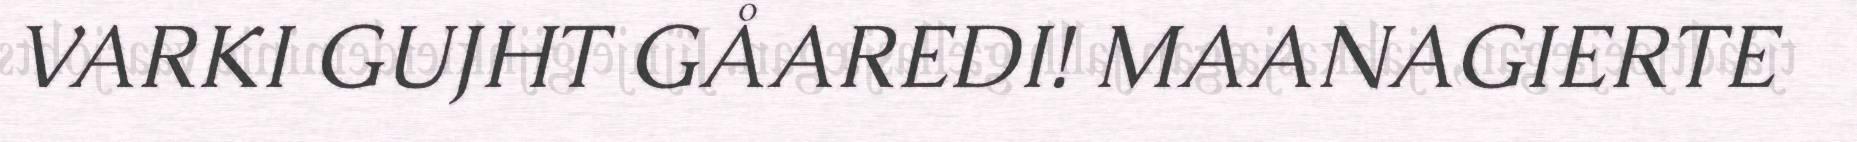
VARKI GUJHT GÅAREDI! MAANAGIERTE